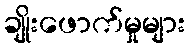
ချိုးဖောက်မှုများ